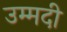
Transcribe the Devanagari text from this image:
उम्मदी